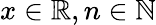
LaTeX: x\in\mathbb{R},n\in\mathbb{N}